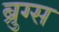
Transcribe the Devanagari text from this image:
ब्रुग्स